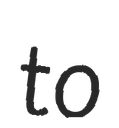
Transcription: to